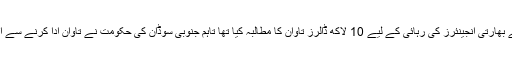
ا غوا کاروں نے بھارتی انجینئرز کی رہائی کے لیے 10 لاکھ ڈالرز تاوان کا مطالبہ کیا تھا تاہم جنوبی سوڈان کی حکومت نے تاوان ادا کرنے سے انکار کردیا تھا۔